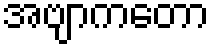
အဗျာကတော